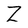
Character: Z